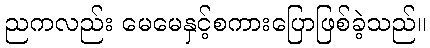
ညကလည်း မေမေနှင့်စကားပြောဖြစ်ခဲ့သည်။